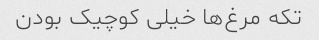
تکه مرغ‌ها خیلی کوچیک بودن